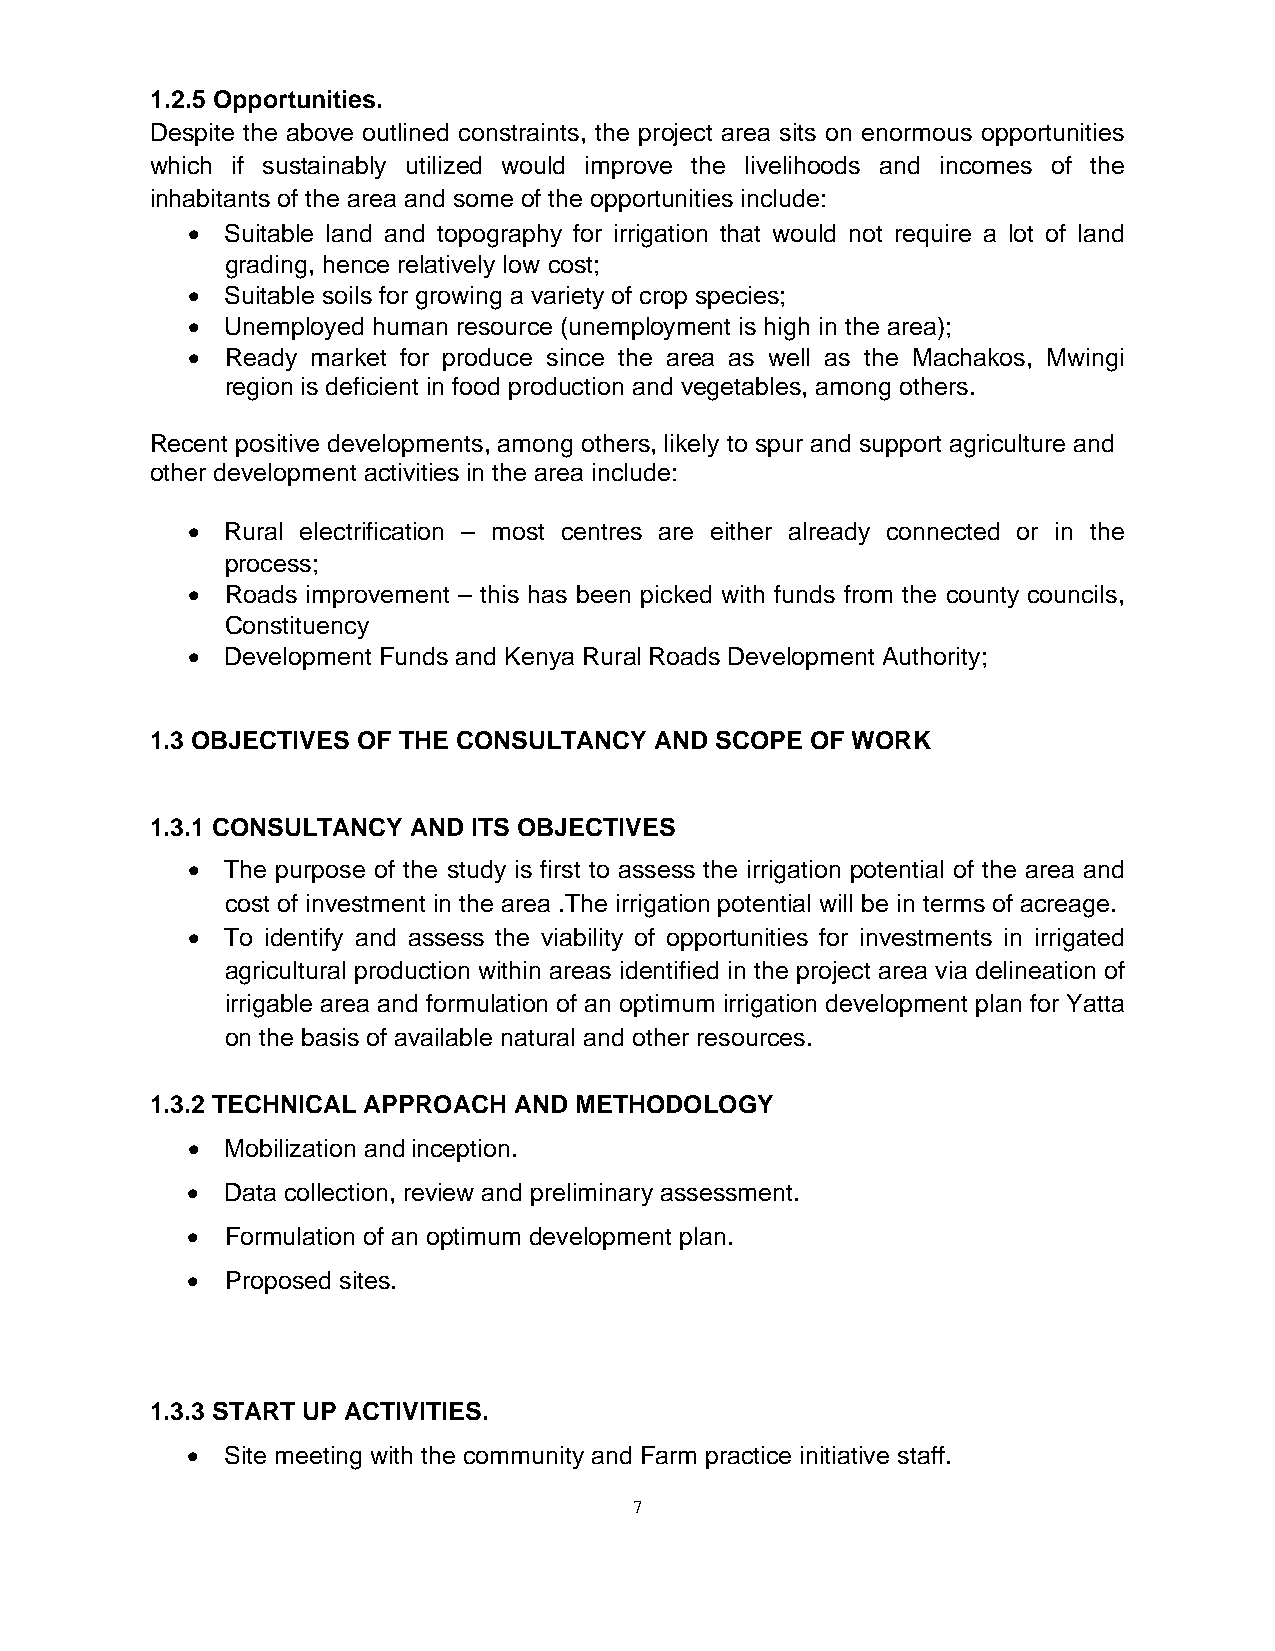
1.2.5 Opportunities.
 Despite the above outlined constraints, the project area sits on enormous opportunities
 which if sustainably utilized would improve the livelihoods and incomes of the
 inhabitants of the area and some of the opportunities include:
 •  Suitable land and topography for irrigation that would not require a lot of land
 grading, hence relatively low cost;
 •  Suitable soils for growing a variety of crop species;
 •  Unemployed human resource (unemployment is high in the area);
 •  Ready market for produce since the area as well as the Machakos, Mwingi
 region is deficient in food production and vegetables, among others.
 Recent positive developments, among others, likely to spur and support agriculture and
 other development activities in the area include:
 •  Rural electrification – most centres are either already connected or in the
 process;
 •  Roads improvement – this has been picked with funds from the county councils,
 Constituency
 •  Development Funds and Kenya Rural Roads Development Authority;
 1.3 OBJECTIVES OF THE CONSULTANCY AND SCOPE OF WORK
 1.3.1 CONSULTANCY AND ITS OBJECTIVES
 •  The purpose of the study is first to assess the irrigation potential of the area and
 cost of investment in the area .The irrigation potential will be in terms of acreage.
 •  To identify and assess the viability of opportunities for investments in irrigated
 agricultural production within areas identified in the project area via delineation of
 irrigable area and formulation of an optimum irrigation development plan for Yatta
 on the basis of available natural and other resources.
 1.3.2 TECHNICAL APPROACH AND METHODOLOGY
 •  Mobilization and inception.
 •  Data collection, review and preliminary assessment.
 •  Formulation of an optimum development plan.
 •  Proposed sites.
 1.3.3 START UP ACTIVITIES.
 •  Site meeting with the community and Farm practice initiative staff.
 7